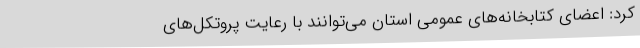
کرد: اعضای کتابخانه‌های عمومی استان می‌توانند با رعایت پروتکل‌های